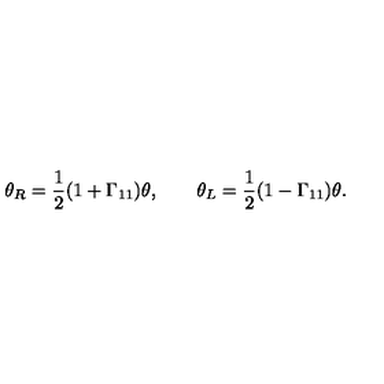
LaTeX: \theta _ { R } = { \frac { 1 } { 2 } } ( 1 + \Gamma _ { 1 1 } ) \theta , \qquad \theta _ { L } = { \frac { 1 } { 2 } } ( 1 - \Gamma _ { 1 1 } ) \theta .